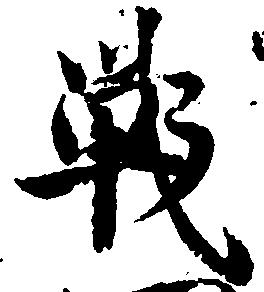
戦